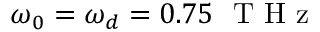
\omega _ { 0 } = \omega _ { d } = 0 . 7 5 ~ \mathrm { ~ T ~ H ~ z ~ }